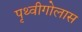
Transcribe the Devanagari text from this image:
पृथ्वीगोलास